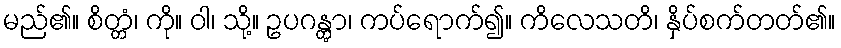
မည်၏။ စိတ္တံ၊ ကို။ ဝါ၊ သို့။ ဥပဂန္တွာ၊ ကပ်ရောက်၍။ ကိလေသတိ၊ နှိပ်စက်တတ်၏။